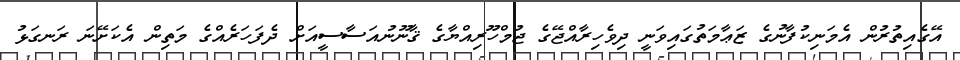
އޭގެއިތުރުން އެމަނިކުފާނުގެ ޒަޢާމަތުގައިވަނީ ދިވެހިރާއްޖޭގެ ޖުމްހޫރިއްޔާގެ ޤާނޫނުއަސާސީއަށް ދެފަހަރެއްގެ މަތިން އެކަށޭނަ ރަނގަޅު